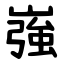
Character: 嵹